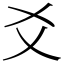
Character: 爻